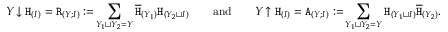
Y \! \downarrow \mathtt { H } _ { ( I ) } = \mathtt { R } _ { ( Y ; I ) } : = \! \sum _ { Y _ { 1 } \sqcup Y _ { 2 } = Y } \overline { { \mathtt { H } } } _ { ( Y _ { 1 } ) } \mathtt { H } _ { ( Y _ { 2 } \sqcup I ) } \qquad \mathrm { a n d } \qquad Y \! \uparrow \mathtt { H } _ { ( I ) } = \mathtt { A } _ { ( Y ; I ) } : = \! \sum _ { Y _ { 1 } \sqcup Y _ { 2 } = Y } \mathtt { H } _ { ( Y _ { 1 } \sqcup I ) } \overline { { \mathtt { H } } } _ { ( Y _ { 2 } ) } .